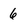
Character: 6